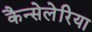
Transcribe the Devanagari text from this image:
कैन्सेलेरिया